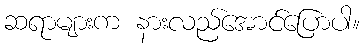
ဆရာများက နားလည်အောင်ပြောပါ။